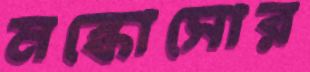
মস্কোসোর